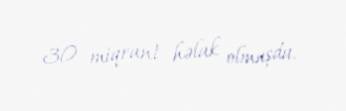
30 miqrant həlak olmuşdu.